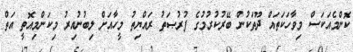
ކޮންމެއަކަސް މިވާހަކަތައް ދޫތަކުން ބޭރުކުރުމުގެ ފުރުޞަތު ރައްޔިތު މީހާއަށް ލިބުނުއިރު މިކަންމިއޮތީ އަތް